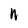
Character: n